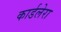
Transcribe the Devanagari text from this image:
कार्डलेरा